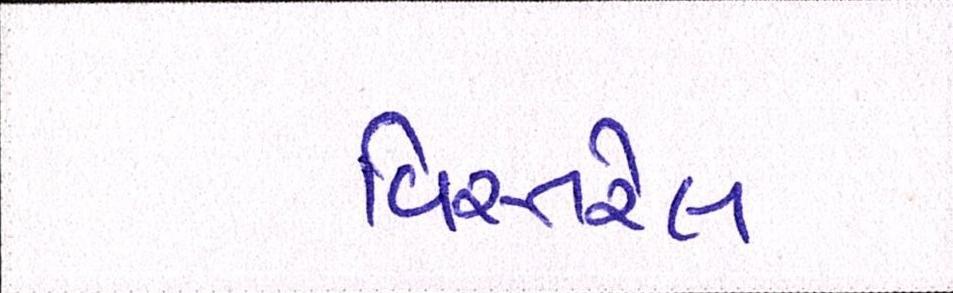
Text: વિસ્તરેલ